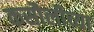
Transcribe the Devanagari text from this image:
कसौलीच्या